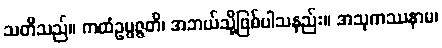
သတိသည်။ ကထံဥပ္ပဇ္ဇတိ၊ အဘယ်သို့ဖြစ်ပါသနည်း။ အသုကဿနာမ၊